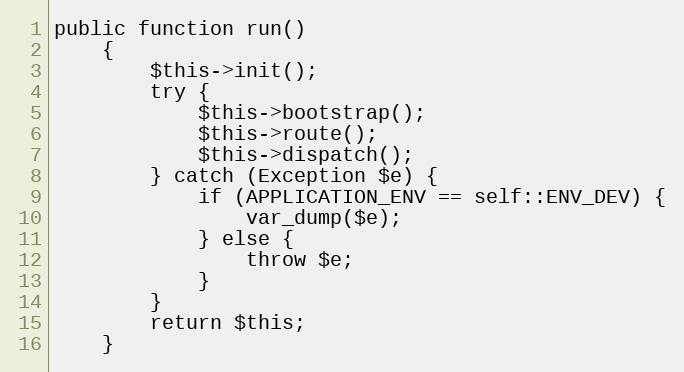
Language: PHP
public function run()
    {
        $this->init();
        try {
            $this->bootstrap();
            $this->route();
            $this->dispatch();
        } catch (Exception $e) {
            if (APPLICATION_ENV == self::ENV_DEV) {
                var_dump($e);
            } else {
                throw $e;
            }
        }
        return $this;
    }